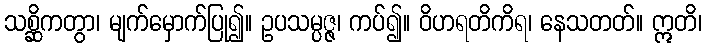
သစ္ဆိကတွာ၊ မျက်မှောက်ပြု၍။ ဥပသမ္ပဇ္ဇ၊ ကပ်၍။ ဝိဟရတိကိရ၊ နေသတတ်။ ဣတိ၊